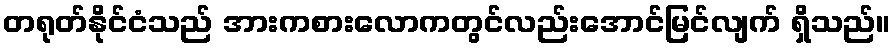
တရုတ်နိုင်ငံသည် အားကစားလောကတွင်လည်းအောင်မြင်လျက် ရှိသည်။